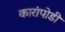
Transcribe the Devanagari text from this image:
कारांपोडी